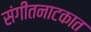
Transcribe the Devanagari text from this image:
संगीतनाटकात